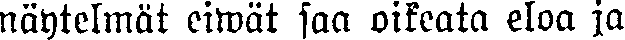
näytelmät eiwät saa oikeata eloa ja